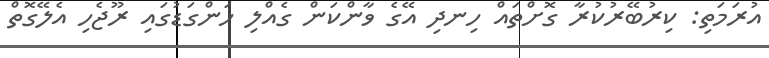
އުރަމަތި: ކިރުބޭރުކުރާ ގޮށްތައް ހިނދި އޭގެ ވާންކަން ގެއްލި ހަންގަޑުގައި ރޫޖެހި އެލޭގޮތް